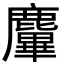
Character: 𪋜